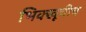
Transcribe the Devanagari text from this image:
भिक्खूचीच